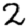
Digit: 2